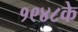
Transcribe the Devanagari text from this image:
१९४८के